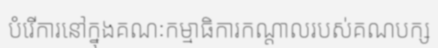
បំរើការនៅក្នុងគណៈកម្មាធិការកណ្តាលរបស់គណបក្ស